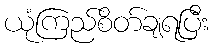
ယုံကြည်စိတ်ချရပြီး